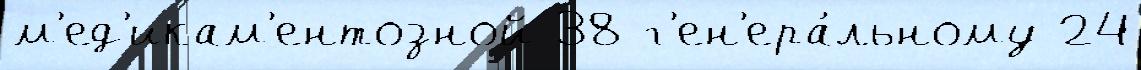
м'ед'икам'ентозной 38 г'ен'ера́льному 24